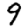
Digit: 9